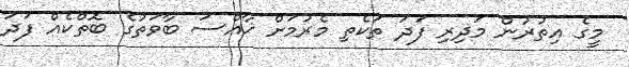
މީގެ އިތުރުން މަދިރި ފަދަ ތަކެތި މެރުމަށް ޚާއްސަ ބާވަތުގެ ބޮތްކެއް ފަދަ